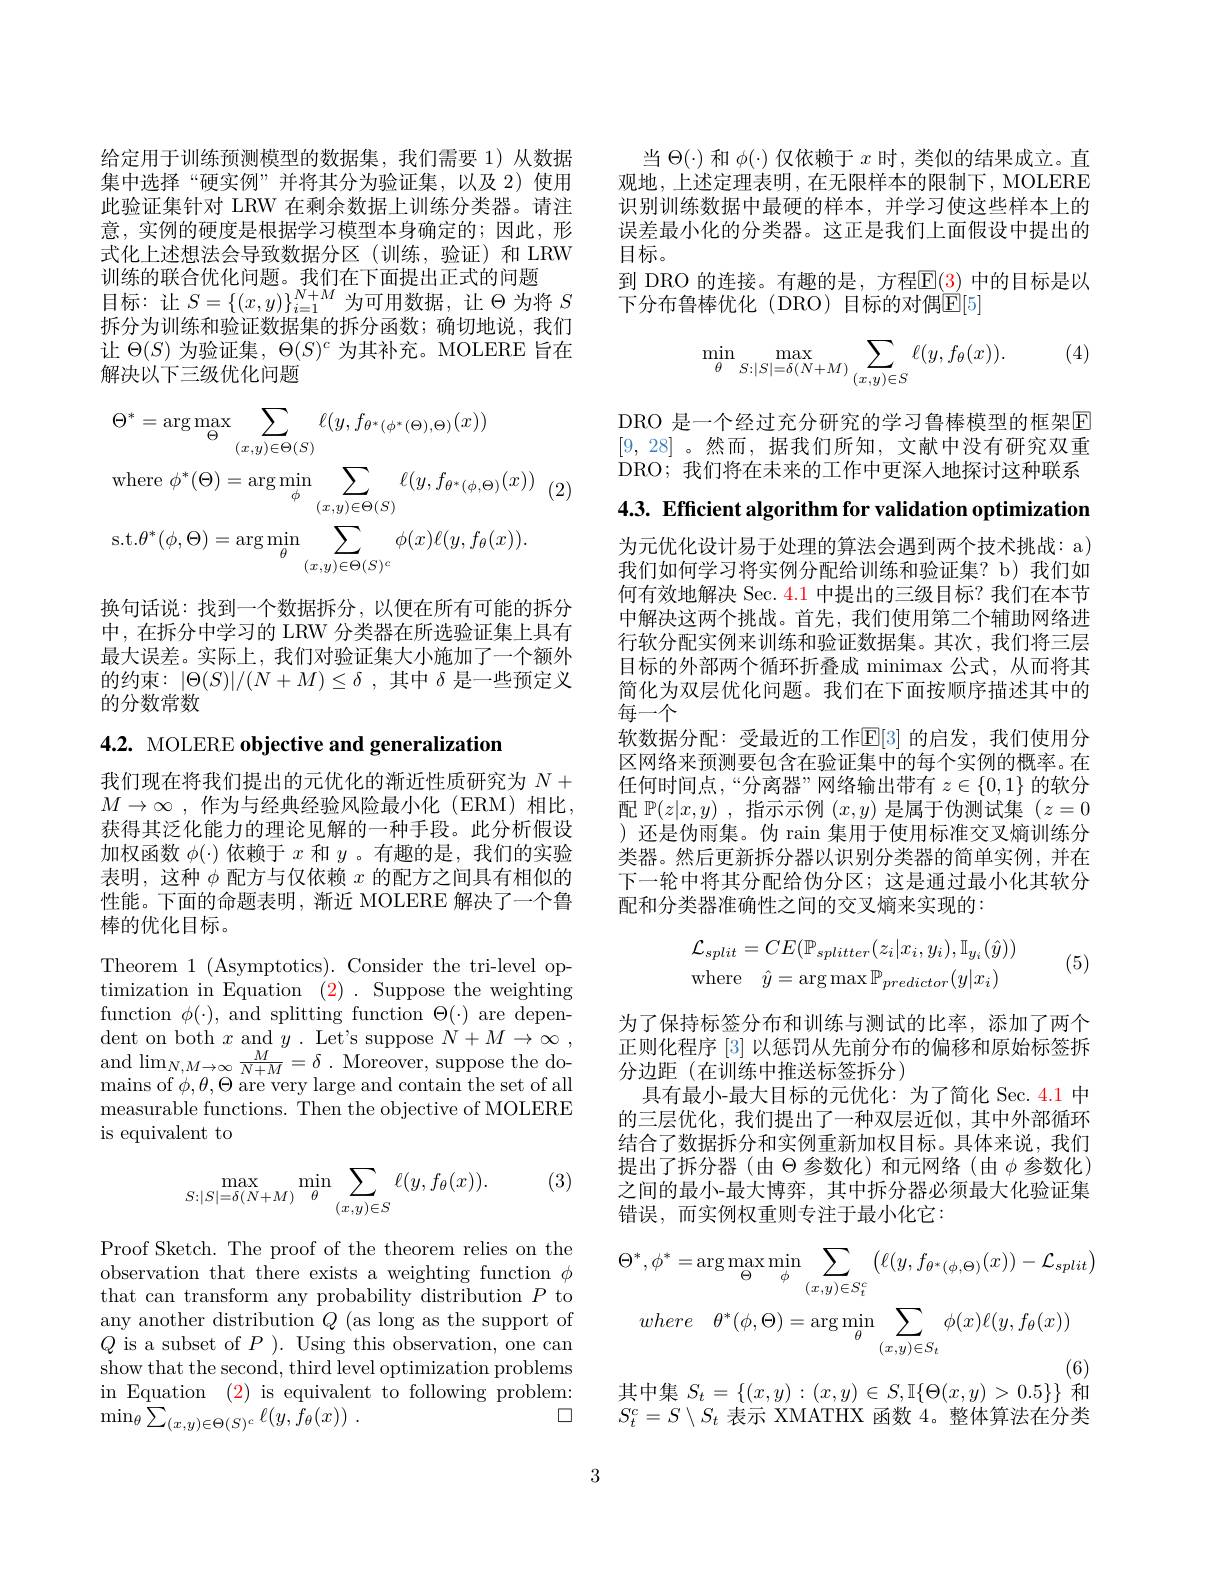
给定用于训练预测模型的数据集，我们需要 1)从数据集中选择“硬实例”并将其分为验证集，以及 2)使用此验证集针对 LRW 在剩余数据上训练分类器。请注意，实例的硬度是根据学习模型本身确定的；因此，形式化上述想法会导致数据分区(训练，验证)和 LRW 训练的联合优化问题。我们在下面提出正式的问题
则 亦 时 机 日 几 几 间 应 。取 们 们 上 「 曲 旋 出 上 式 时 问 题 目 标 : 让 $S= \{ ( x, y) \} _{i= 1}^{N+ M}$为 可 用 数 据 , 让 $\Theta$为 将 $S$ 托 八 业 训 练 和 以 江 酱 埋 年 的 北 八 函 数 , 确 切 地 治 垂 位拆分为训练和验证数据集的拆分函数；确切地说，我们让$\Theta(S)$为验证集，$\Theta(S)^c$为其补充。MOLERE 旨在解决以下三级优化问题
$$\begin{aligned}&\Theta^{*}=\arg\max_{\Theta}\sum_{(x,y)\in\Theta(S)}\ell(y,f_{\theta^{*}(\phi^{*}(\Theta),\Theta)}(x))\\&\mathrm{where}\:\phi^{*}(\Theta)=\arg\min_{\phi}\sum_{(x,y)\in\Theta(S)}\ell(y,f_{\theta^{*}(\phi,\Theta)}(x))\\&\mathrm{s.t.}\theta^{*}(\phi,\Theta)=\arg\min_{\theta}\sum_{(x,y)\in\Theta(S)^{c}}\phi(x)\ell(y,f_{\theta}(x)).\end{aligned}$$
换句话说：找到一个数据拆分，以便在所有可能的拆分中，在拆分中学习的 LRW 分类器在所选验证集上具有最大误差。实际上，我们对验证集大小施加了一个额外的约束：$|\Theta(S)|/(N+M)\leq\delta$,其中$\delta$是一些预定义的分数常数

# 4.2. MOLERE objective and generalization

我们现在将我们提出的元优化的渐近性质研究为$N+$ $M\to \infty$ ,作为与经典经验风险最小化 (ERM)相比， 获得其泛化能力的理论见解的一种手段。此分析假设加权函数$\phi(\cdot)$依赖于$x$和$y$ 。有趣的是，我们的实验表明，这种$\phi$配方与仅依赖$x$的配方之间具有相似的性能。下面的命题表明，渐近 MOLERE 解决了一个鲁棒的优化目标。

Theorem 1 (Asymptotics). Consider the tri-level optimization in Equation (2). Suppose the weighting function $\phi(\cdot)$, and splitting function $\Theta(\cdot)$ are dependent on both $x$ and $y.$ Let's suppose $N+M\to\infty$, and$\operatorname* { lim} _{N, M\to \infty }\frac M{N+ M}= \delta$ .Moreover, suppose the domains of $\phi,\theta,\Theta$ are very large and contain the set of all measurable functions. Then the objective of MOLERE is equivalent to

(3)
$$\max_{S:|S|=\delta(N+M)}\min_{\theta}\sum_{(x,y)\in S}\ell(y,f_{\theta}(x)).$$
Proof Sketch. The proof of the theorem relies on the observation that there exists a weighting function $\phi$ that can transform any probability distribution $P$ to any another distribution $Q$ (as long as the support of $Q$ is a subset of $P$ ). Using this observation, one can show that the second, third level optimization problems in Equation (2) is equivalent to following problem:
口
$\operatorname* { min} _{\theta }{\hat{\sum } }_{( x, y) \in \Theta ( S) ^{c}}\ell ( y, {\hat{f} }_{\theta }( x) )$ .

当$\Theta(\cdot)$和$\phi(\cdot)$仅依赖于$x$时，类似的结果成立。直观地，上述定理表明，在无限样本的限制下，MOLERE 识别训练数据中最硬的样本，并学习使这些样本上的误差最小化的分类器。这正是我们上面假设中提出的目标。
到 DRO 的连接。有趣的是，方程$\mathbb{E}(3)$ 中的目标是以
下分布鲁棒优化(DRO)目标的对偶$\underline{\mathbb{E}}[5]$

(4)
$$\min\limits_{\theta}\max\limits_{S:|S|=\delta(N+M)}\sum\limits_{(x,y)\in S}\ell(y,f_\theta(x)).$$
DRO 是一个经过充分研究的学习鲁棒模型的框架E [9,28] 。然而，据我们所知，文献中没有研究双重DRO; 我们将在未来的工作中更深入地探讨这种联系

4.3. Efficient algorithm for validation optimization

为元优化设计易于处理的算法会遇到两个技术挑战：a) 我们如何学习将实例分配给训练和验证集？b)我们如何有效地解决 Sec. 4.1 中提出的三级目标？我们在本节中解决这两个挑战。首先，我们使用第二个辅助网络进行软分配实例来训练和验证数据集。其次，我们将三层目标的外部两个循环折叠成 minimax 公式，从而将其简化为双层优化问题。我们在下面按顺序描述其中的每一个
软数据分配：受最近的工作$\mathbb{E}[3]$ 的启发，我们使用分区网络来预测要包含在验证集中的每个实例的概率。在任何时间点，“分离器”网络输出带有$z\in\{0,1\}$的软分配$\mathbb{P}(z|x,y)$ ,指示示例$(x,y)$是属于伪测试集$(z=0$ )还是伪雨集。伪 rain 集用于使用标准交叉熵训练分类器。然后更新拆分器以识别分类器的简单实例，并在下一轮中将其分配给伪分区；这是通过最小化其软分配和分类器准确性之间的交叉熵来实现的：
$$\mathcal{L}_{split}=CE(\mathbb{P}_{splitter}(z_{i}|x_{i},y_{i}),\mathbb{I}_{y_{i}}(\hat{y}))\\\mathrm{where}\quad\hat{y}=\arg\max\mathbb{P}_{predictor}(y|x_{i})$$
(5)

为了保持标签分布和训练与测试的比率，添加了两个正则化程序[3]以惩罚从先前分布的偏移和原始标签拆分边距(在训练中推送标签拆分)
具有最小-最大目标的元优化：为了简化 Sec. 4.1 中的三层优化，我们提出了一种双层近似，其中外部循环结合了数据拆分和实例重新加权目标。具体来说，我们提出了拆分器(由$\Theta$参数化)和元网络(由$\phi$参数化) 之间的最小-最大博弈，其中拆分器必须最大化验证集错误，而实例权重则专注于最小化它：
$$\Theta^{*},\phi^{*}=\arg\max_{\Theta}\min_{\phi}\sum_{(x,y)\in S_{t}^{c}}\left(\ell(y,f_{\theta^{*}(\phi,\Theta)}(x))-\mathcal{L}_{split}\right)\\where\quad\theta^{*}(\phi,\Theta)=\arg\min_{\theta}\sum_{(x,y)\in S_{t}}\phi(x)\ell(y,f_{\theta}(x))\\\text{(6)}$$
其中集$S_t=\{(x,y):(x,y)\in S,\mathbb{I}\{\Theta(x,y)>0.5\}\}$ 和

$S_t^c=S\setminus S_t$表示 XMATHX 函数 4。整体算法在分类

3